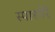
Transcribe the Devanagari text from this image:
स्पारगेरे